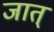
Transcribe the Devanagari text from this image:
जात्